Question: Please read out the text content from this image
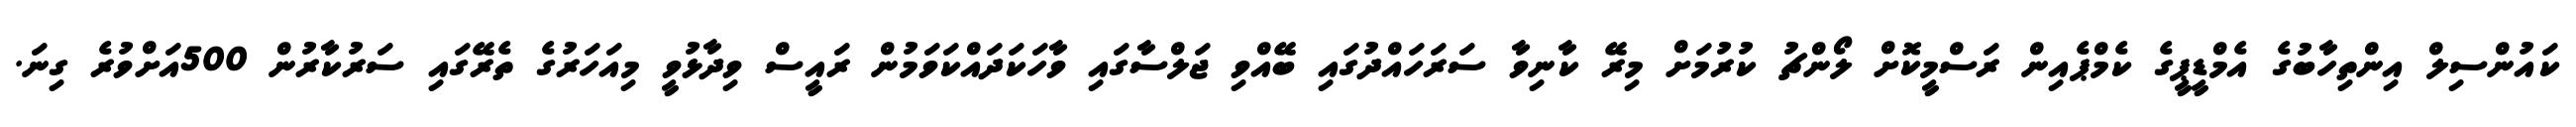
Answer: ކައުންސިލް އިންތިހާބުގެ އެމްޑީޕީގެ ކެމްޕެއިން ރަސްމީކޮށް ލޯންޗު ކުރުމަށް މިރޭ ކާނިވާ ސަރަހައްދުގައި ބޭއްވި ޖަލްސާގައި ވާހަކަދައްކަވަމުން ރައީސް ވިދާޅުވީ މިއަހަރުގެ ތެރޭގައި ސަރުކާރުން 500އަށްވުރެ ގިނަ.